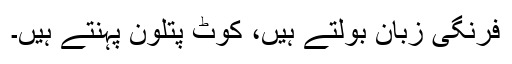
فرنگی زبان بولتے ہیں، کوٹ پتلون پہنتے ہیں۔